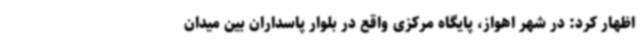
اظهار کرد: در شهر اهواز، پایگاه مرکزی واقع در بلوار پاسداران بین میدان